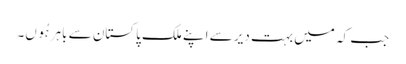
جب کہ میں بہت دیر سے اپنے ملک پاکستان سے باہر ہُوں۔